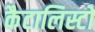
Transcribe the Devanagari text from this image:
कैटालिस्टों